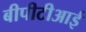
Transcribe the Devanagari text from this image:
बीपीटीआई